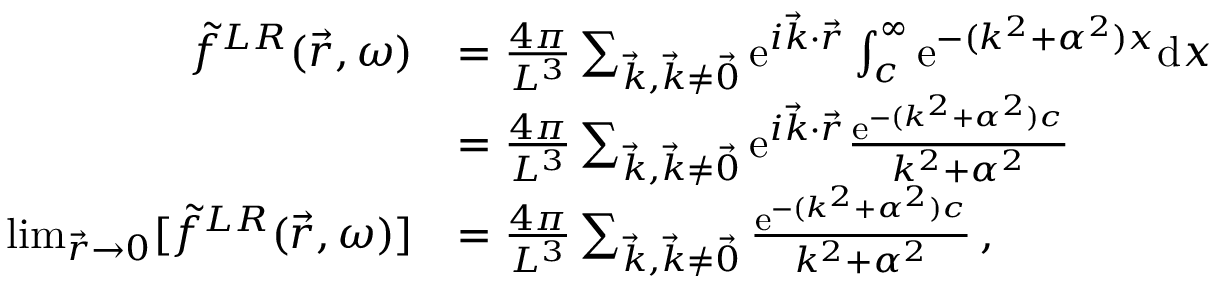
\begin{array} { r l } { \Tilde { f } ^ { L R } ( \vec { r } , \omega ) } & { = \frac { 4 \pi } { L ^ { 3 } } \sum _ { \vec { k } , \vec { k } \neq \vec { 0 } } \mathrm { e } ^ { i \vec { k } \cdot \vec { r } } \int _ { c } ^ { \infty } \mathrm { e } ^ { - ( k ^ { 2 } + \alpha ^ { 2 } ) x } \mathrm { d } x } \\ & { = \frac { 4 \pi } { L ^ { 3 } } \sum _ { \vec { k } , \vec { k } \neq \vec { 0 } } \mathrm { e } ^ { i \vec { k } \cdot \vec { r } } \frac { \mathrm { e } ^ { - ( k ^ { 2 } + \alpha ^ { 2 } ) c } } { k ^ { 2 } + \alpha ^ { 2 } } } \\ { \operatorname* { l i m } _ { \vec { r } \to 0 } [ \Tilde { f } ^ { L R } ( \vec { r } , \omega ) ] } & { = \frac { 4 \pi } { L ^ { 3 } } \sum _ { \vec { k } , \vec { k } \neq \vec { 0 } } \frac { \mathrm { e } ^ { - ( k ^ { 2 } + \alpha ^ { 2 } ) c } } { k ^ { 2 } + \alpha ^ { 2 } } \, , } \end{array}